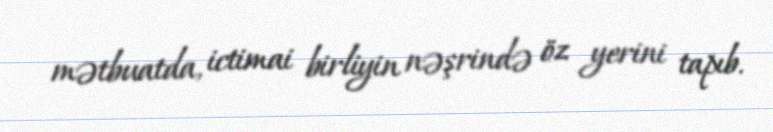
mətbuatda, ictimai birliyin nəşrində öz yerini tapıb.